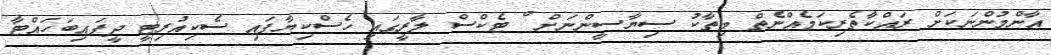
އާންމުންނަކަށް ރައްކާތެރިކަމެއްނެތް މިތާކު ސިޔާސީންނަށް ް ޓެކްސް ލާރީގައި ހެސްކިޔާފައި ސެކިއުރިޓީ ދީފައިބަހައްޓާ